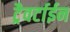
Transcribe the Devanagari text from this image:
ट्रैवर्टाईन